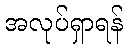
အလုပ်ရှာရန်